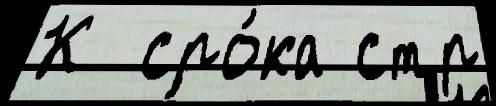
К  сро́ка стр